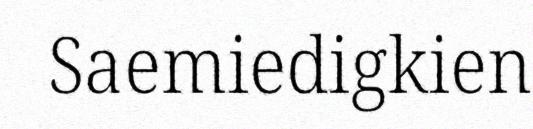
Saemiedigkien